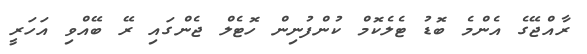
ރާއްޖޭގެ އެންމެ ބޮޑު ޓެލެކޮމް ކުންފުނިން ހޮޓެލް ޖެންގައި ރޭ ބޭއްވި އަހަރީ